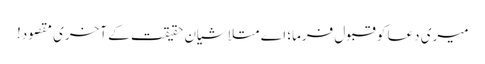
میری دعا کو قبول فرما؛ اے متلاشیان حقیقت کے آخری مقصود!